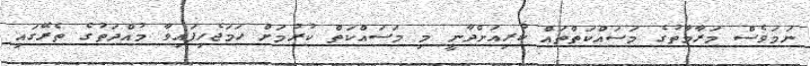
ނަމަވެސް މަރާމާތުގެ މަސައްކަތްތައް ކުރިއަށްދާނީ މި މަސައްކަތް ކުރުމަށް ހަމަޖެހިފައިވާ މުއްދަތުގެ ތެރޭގައި